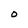
Character: O